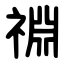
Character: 䄗